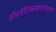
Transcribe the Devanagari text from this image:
ॲथलेटिक्सखालोखाल